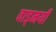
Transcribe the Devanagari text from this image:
वाड्मयी